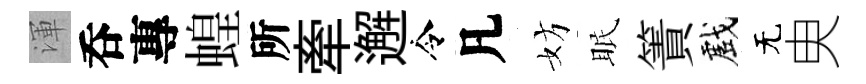
渾呑專蝗所牽邂令凡妨眠簀戲无㬰